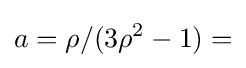
a=\rho /(3\rho ^{2}-1)=